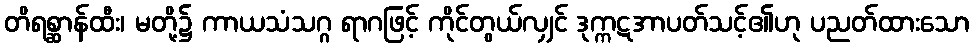
တိရစ္ဆာန်ထီး၊ မတို့၌ ကာယသံသဂ္ဂ ရာဂဖြင့် ကိုင်တွယ်လျှင် ဒုက္ကဋအာပတ်သင့်၏ဟု ပညတ်ထားသော